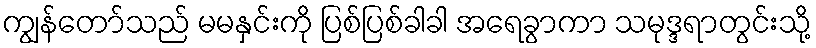
ကျွန်တော်သည် မမနှင်းကို ပြစ်ပြစ်ခါခါ အရေခွာကာ သမုဒ္ဒရာတွင်းသို့